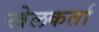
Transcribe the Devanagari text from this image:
खेलकर्ता